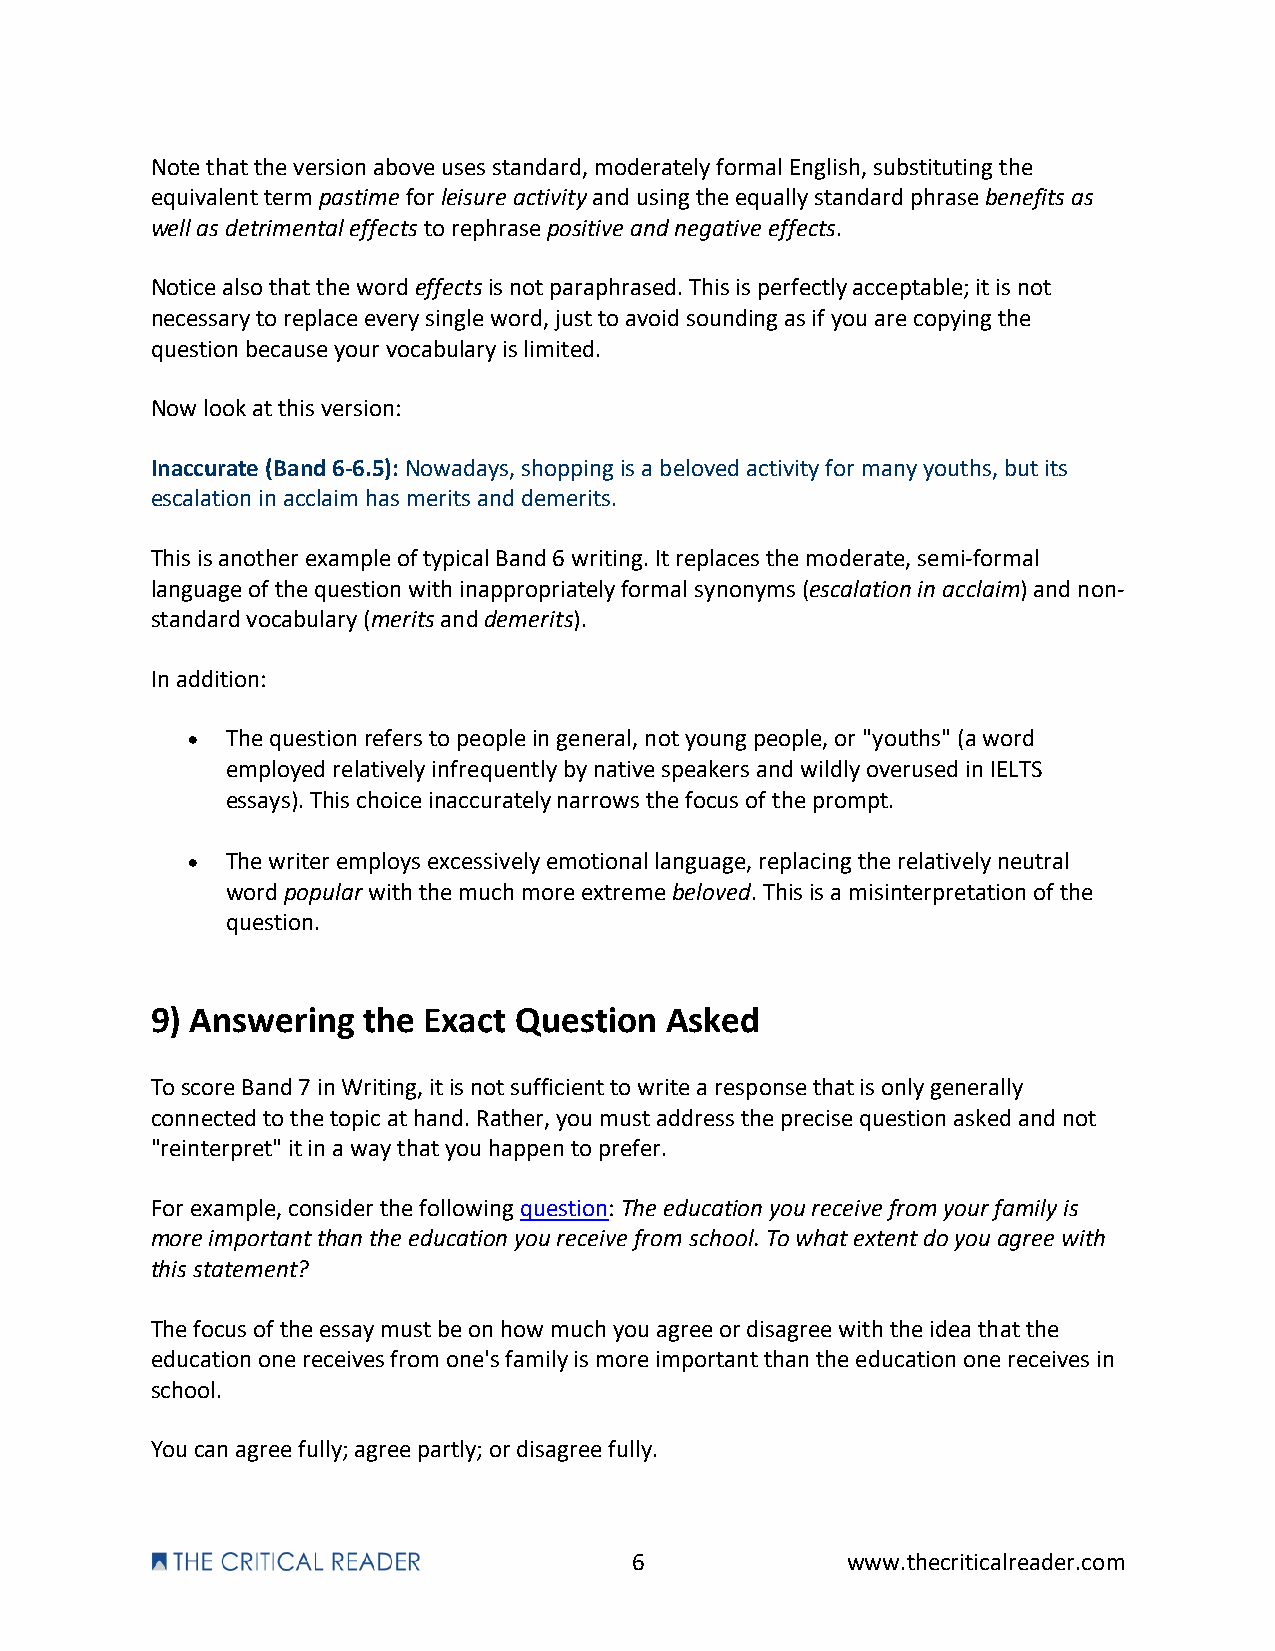
Note that the version above uses standard, moderately formal English, substituting the
 equivalent term pastime for leisure activity and using the equally standard phrase benefits as
 well as detrimental effects to rephrase positive and negative effects.
 Notice also that the word effects is not paraphrased. This is perfectly acceptable; it is not
 necessary to replace every single word, just to avoid sounding as if you are copying the
 question because your vocabulary is limited.
 Now look at this version:
 Inaccurate (Band 6-6.5): Nowadays, shopping is a beloved activity for many youths, but its
 escalation in acclaim has merits and demerits.
 This is another example of typical Band 6 writing. It replaces the moderate, semi-formal
 language of the question with inappropriately formal synonyms (escalation in acclaim) and non-
 standard vocabulary (merits and demerits).
 In addition:
 •  The question refers to people in general, not young people, or "youths" (a word
 employed relatively infrequently by native speakers and wildly overused in IELTS
 essays). This choice inaccurately narrows the focus of the prompt.
 •  The writer employs excessively emotional language, replacing the relatively neutral
 word popular with the much more extreme beloved. This is a misinterpretation of the
 question.
 9) Answering  the Exact Question  Asked
 To score Band 7 in Writing, it is not sufficient to write a response that is only generally
 connected to the topic at hand. Rather, you must address the precise question asked and not
 "reinterpret" it in a way that you happen to prefer.
 For example, consider the following question: The education you receive from your family is
 more important than the education you receive from school. To what extent do you agree with
 this statement?
 The focus of the essay must be on how much you agree or disagree with the idea that the
 education one receives from one's family is more important than the education one receives in
 school.
 You can agree fully; agree partly; or disagree fully.
 6             www.thecriticalreader.com